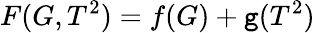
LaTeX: F(G,T^{2})=f(G)+\mathtt{g}(T^{2})